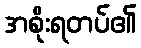
အစိုးရတပ်၏